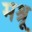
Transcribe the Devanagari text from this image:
मश्रू